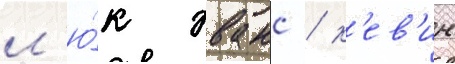
л'ю́к эванс / к'ев'ин